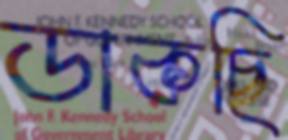
ডাকছি